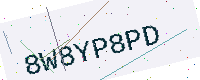
Text: 8W8YP8PD